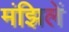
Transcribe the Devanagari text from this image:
मंझिलें